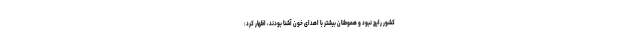
کشور رایج نبود و هموطنان بیشتر با اهدای خون آشنا بودند، اظهار کرد: